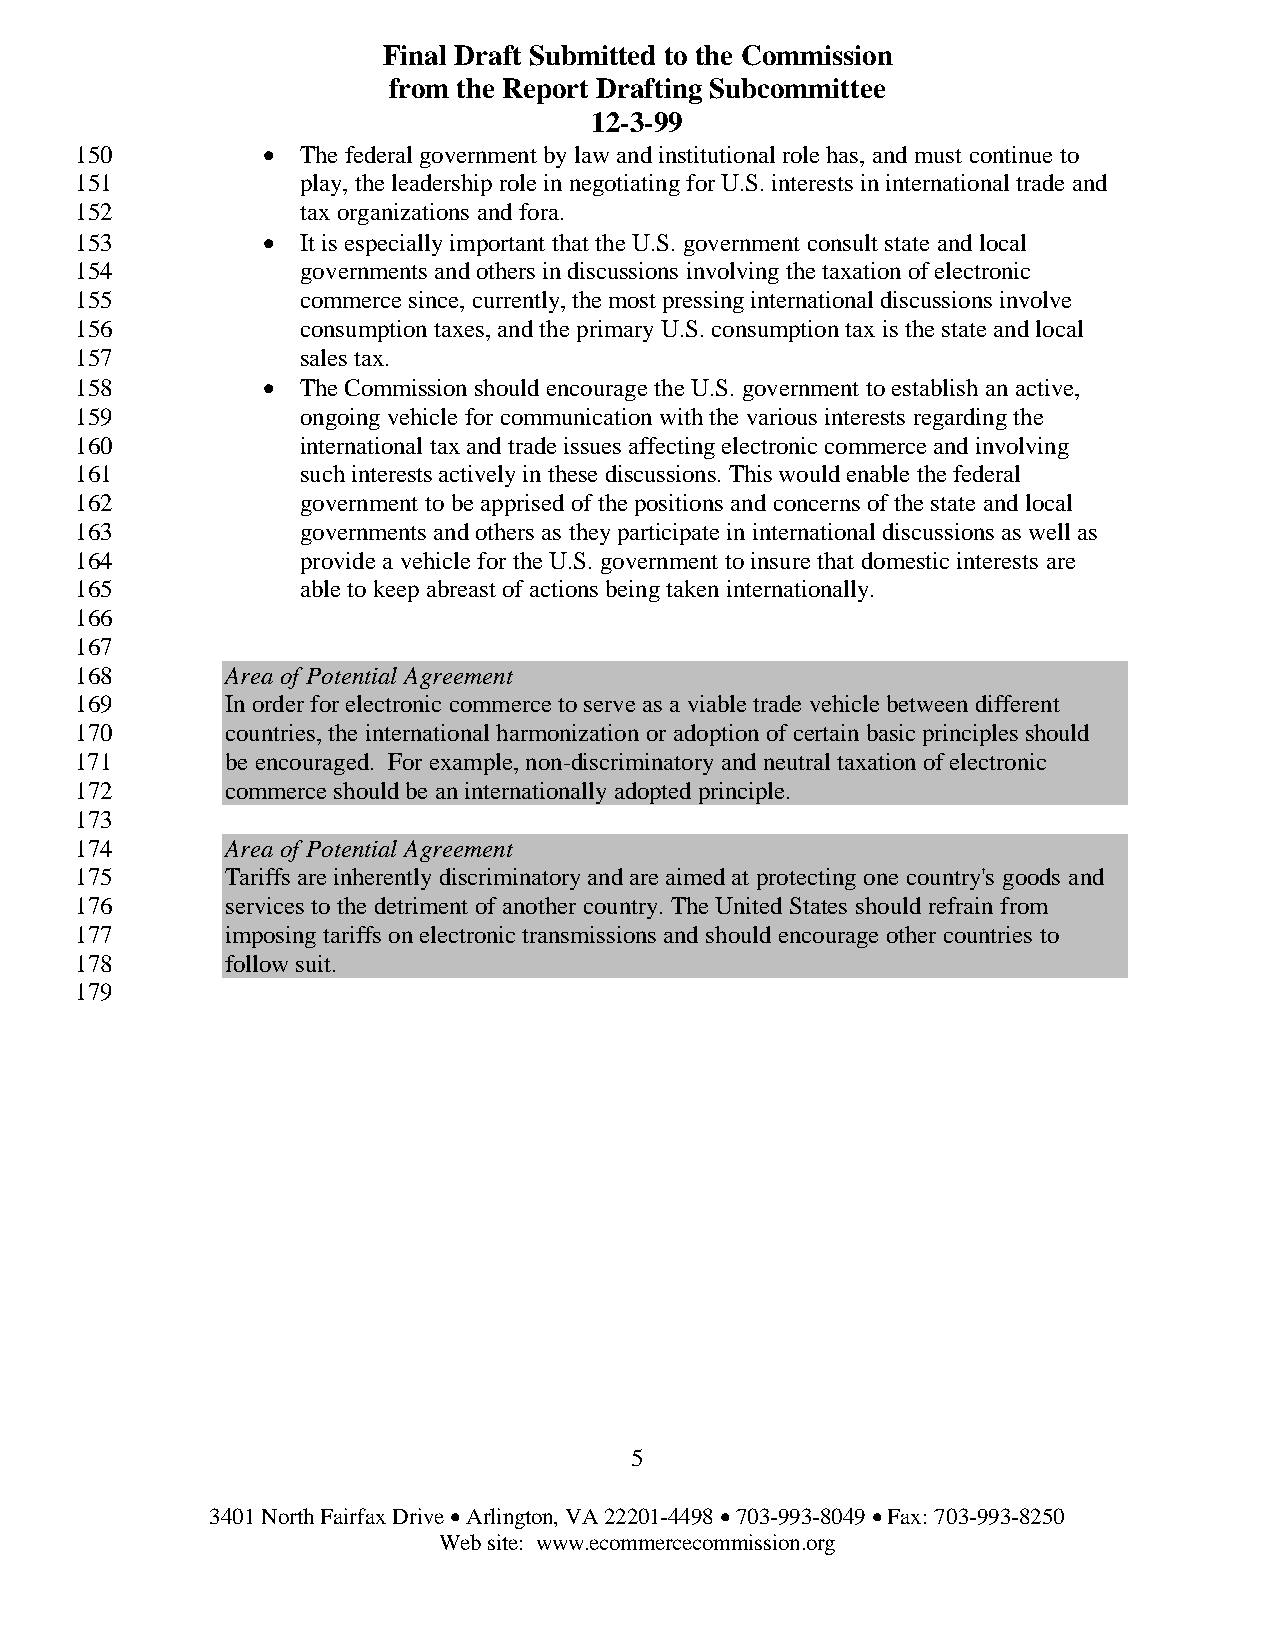
Final Draft Submitted to the Commission
 from the Report Drafting Subcommittee
 12-3-99
 150         •  The federal government by law and institutional role has, and must continue to
 151            play, the leadership role in negotiating for U.S. interests in international trade and
 152            tax organizations and fora.
 153         •  It is especially important that the U.S. government consult state and local
 154            governments and others in discussions involving the taxation of electronic
 155            commerce since, currently, the most pressing international discussions involve
 156            consumption taxes, and the primary U.S. consumption tax is the state and local
 157            sales tax.
 158         •  The Commission should encourage the U.S. government to establish an active,
 159            ongoing vehicle for communication with the various interests regarding the
 160            international tax and trade issues affecting electronic commerce and involving
 161            such interests actively in these discussions. This would enable the federal
 162            government to be apprised of the positions and concerns of the state and local
 163            governments and others as they participate in international discussions as well as
 164            provide a vehicle for the U.S. government to insure that domestic interests are
 165            able to keep abreast of actions being taken internationally.
 166
 167
 168       Area of Potential Agreement
 169       In order for electronic commerce to serve as a viable trade vehicle between different
 170       countries, the international harmonization or adoption of certain basic principles should
 171       be encouraged. For example, non-discriminatory and neutral taxation of electronic
 172       commerce should be an internationally adopted principle.
 173
 174       Area of Potential Agreement
 175       Tariffs are inherently discriminatory and are aimed at protecting one country's goods and
 176       services to the detriment of another country. The United States should refrain from
 177       imposing tariffs on electronic transmissions and should encourage other countries to
 178       follow suit.
 179
 5
 3401 North Fairfax Drive • Arlington, VA 22201-4498 • 703-993-8049 • Fax: 703-993-8250
 Web site: www.ecommercecommission.org